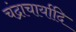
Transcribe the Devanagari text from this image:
चंद्राचार्यादि